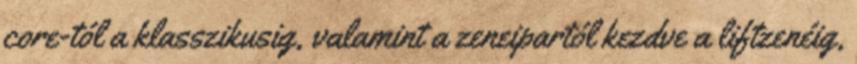
core-tól a klasszikusig, valamint a zeneipartól kezdve a liftzenéig,